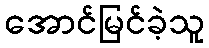
အောင်မြင်ခဲ့သူ